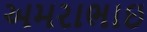
અમરાભાઇ